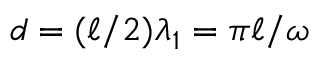
d = ( \ell / 2 ) \lambda _ { 1 } = \pi \ell / \omega